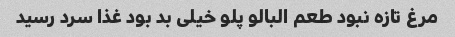
مرغ تازه نبود طعم البالو پلو خیلی بد بود غذا سرد رسید